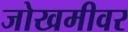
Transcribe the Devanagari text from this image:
जोखमीवर